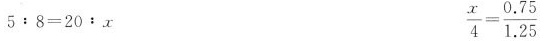
$$5 : 8 = 2 0 : x$$ $$\frac { x } { 4 } = \frac { 0 . 7 5 } { 1 . 2 5 }$$